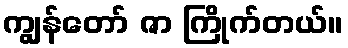
ကျွန်တော် ဇာ ကြိုက်တယ်။